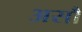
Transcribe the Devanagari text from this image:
असौ